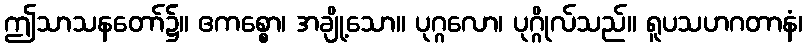
ဤသာသနတော်၌။ ဧကစ္စော၊ အချို့သော။ ပုဂ္ဂလော၊ ပုဂ္ဂိုလ်သည်။ ရူပသဟဂတာနံ၊